Scottish Leaving Certificate Examination, 1953
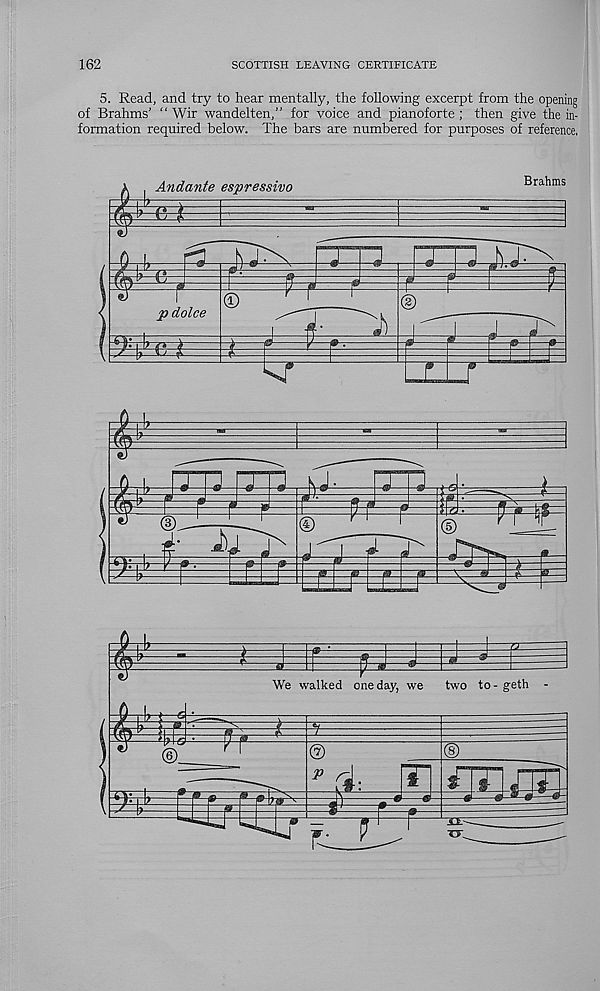
162
SCOTTISH LEAVING CERTIFICATE
5. Read, and try to hear mentally, the following excerpt from the opening
of Brahms’ “ Wir wandelten,” for voice and pianoforte; then give the in-
formation required below. The bars are numbered for purposes of reference.
j~n [7TL-kt
i
Wf
©
m